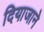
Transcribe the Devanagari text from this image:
दियाजाने